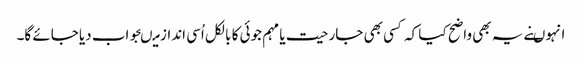
انہوںنے یہ بھی واضح کیا کہ کسی بھی جارحیت یا مہم جوئی کا بالکل اُسی انداز میںجواب دیا جائے گا۔